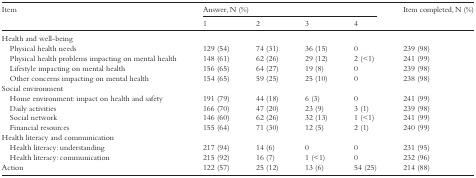
<table><thead><tr><td rowspan="2"><b>Item</b></td><td colspan="4"><b>Answer, N (%)</b></td><td rowspan="2"><b>Item completed, N (%)</b></td></tr><tr><td><b>1</b></td><td><b>2</b></td><td><b>3</b></td><td><b>4</b></td></tr></thead><tbody><tr><td>Health and well-being</td><td></td><td></td><td></td><td></td><td></td></tr><tr><td> Physical health needs</td><td>129 (54)</td><td>74 (31)</td><td>36 (15)</td><td>0</td><td>239 (98)</td></tr><tr><td> Physical health problems impacting on mental health</td><td>148 (61)</td><td>62 (26)</td><td>29 (12)</td><td>2 (&lt;1)</td><td>241 (99)</td></tr><tr><td> Lifestyle impacting on mental health</td><td>156 (65)</td><td>64 (27)</td><td>19 (8)</td><td>0</td><td>239 (98)</td></tr><tr><td> Other concerns impacting on mental health</td><td>154 (65)</td><td>59 (25)</td><td>25 (10)</td><td>0</td><td>238 (98)</td></tr><tr><td>Social environment</td><td></td><td></td><td></td><td></td><td></td></tr><tr><td> Home environment: impact on health and safety</td><td>191 (79)</td><td>44 (18)</td><td>6 (3)</td><td>0</td><td>241 (99)</td></tr><tr><td> Daily activities</td><td>166 (70)</td><td>47 (20)</td><td>23 (9)</td><td>3 (1)</td><td>239 (98)</td></tr><tr><td> Social network</td><td>146 (60)</td><td>62 (26)</td><td>32 (13)</td><td>1 (&lt;1)</td><td>241 (99)</td></tr><tr><td> Financial resources</td><td>155 (64)</td><td>71 (30)</td><td>12 (5)</td><td>2 (1)</td><td>240 (99)</td></tr><tr><td>Health literacy and communication</td><td></td><td></td><td></td><td></td><td></td></tr><tr><td> Health literacy: understanding</td><td>217 (94)</td><td>14 (6)</td><td>0</td><td>0</td><td>231 (95)</td></tr><tr><td> Health literacy: communication</td><td>215 (92)</td><td>16 (7)</td><td>1 (&lt;1)</td><td>0</td><td>232 (96)</td></tr><tr><td>Action</td><td>122 (57)</td><td>25 (12)</td><td>13 (6)</td><td>54 (25)</td><td>214 (88)</td></tr></tbody></table>